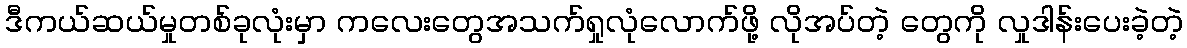
ဒီကယ်ဆယ်မှုတစ်ခုလုံးမှာ ကလေးတွေအသက်ရှုလုံလောက်ဖို့ လိုအပ်တဲ့ တွေကို လှုဒါန်းပေးခဲ့တဲ့